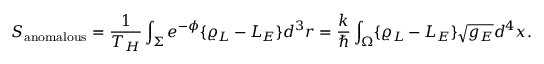
S _ { \mathrm { a n o m a l o u s } } = { \frac { 1 } { T _ { H } } } \int _ { \Sigma } e ^ { - \phi } \{ \varrho _ { L } - { \cal L } _ { E } \} d ^ { 3 } r = { \frac { k } { \hbar } } \int _ { \Omega } \{ \varrho _ { L } - { \cal L } _ { E } \} \sqrt { g _ { E } } d ^ { 4 } x .